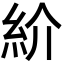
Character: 紒